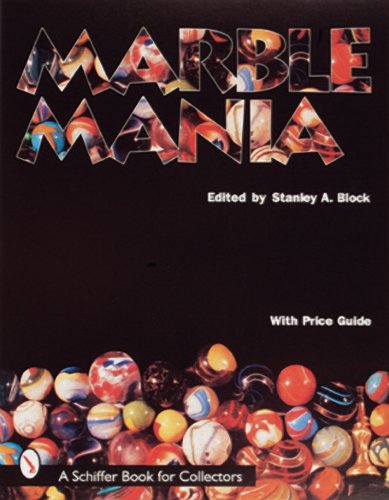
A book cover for Marble Mania; Stanley Block; Crafts, Hobbies & Home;